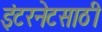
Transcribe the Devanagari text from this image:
इंटरनेटसाठी